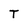
Character: T